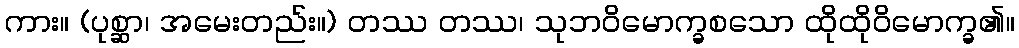
ကား။ (ပုစ္ဆာ၊ အမေးတည်း။) တဿ တဿ၊ သုဘဝိမောက္ခစသော ထိုထိုဝိမောက္ခ၏။